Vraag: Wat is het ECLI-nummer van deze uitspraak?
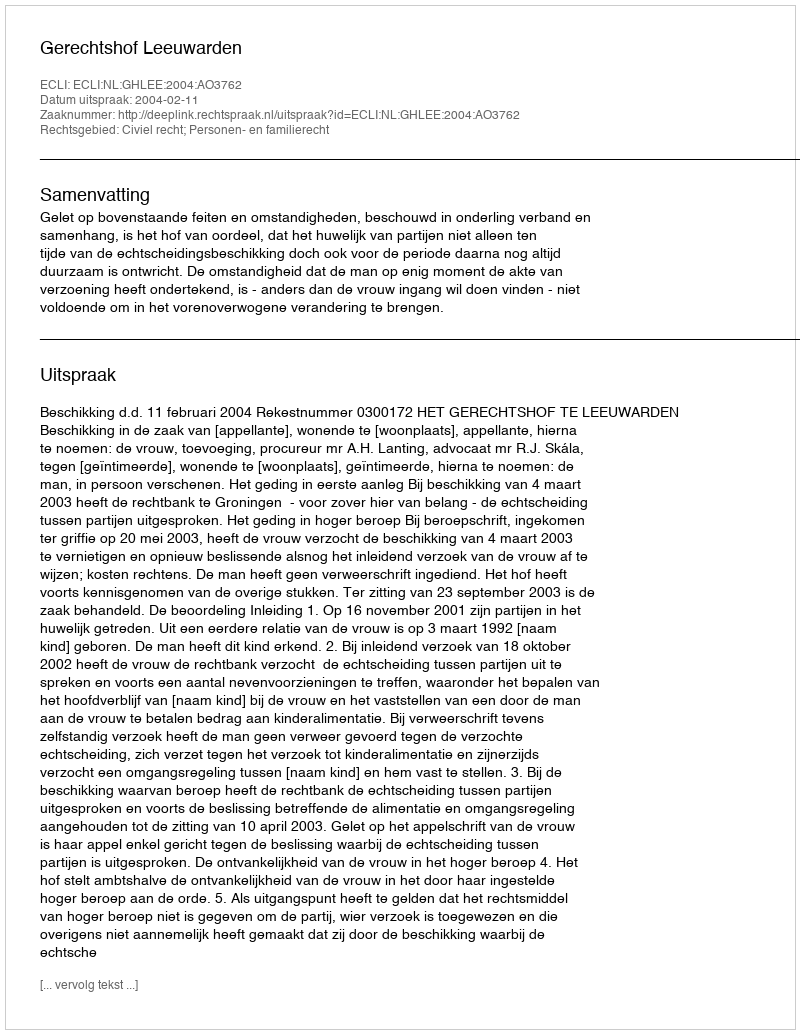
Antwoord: ECLI:NL:GHLEE:2004:AO3762